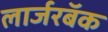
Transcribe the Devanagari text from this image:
लार्जरबॅक